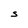
Character: S